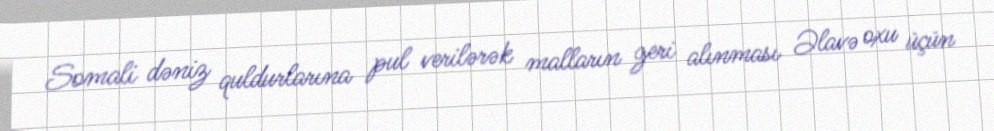
Somali dəniz quldurlarına pul verilərək malların geri alınması Əlavə oxu üçün